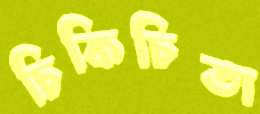
চিকিচিতা